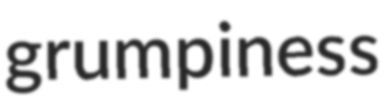
grumpiness